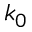
k _ { 0 }